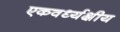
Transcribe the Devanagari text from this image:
एकवर्ध्यक्षीय